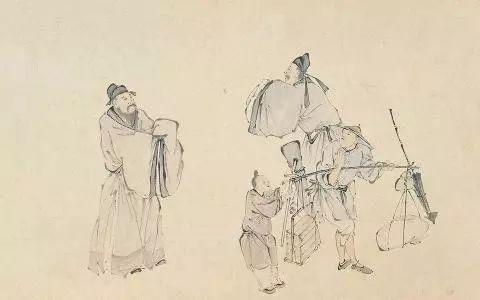
无为在歧路，儿女共沾巾。